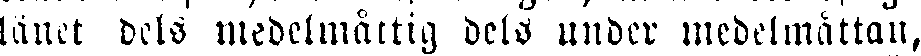
länet dels medelmåttig dels under medelmåttan,